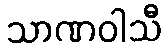
သာဏဝါသီ